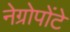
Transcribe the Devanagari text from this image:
नेग्रोपोंटे